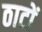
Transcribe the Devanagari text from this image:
ठाटों